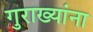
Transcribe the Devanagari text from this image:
गुराख्यांना